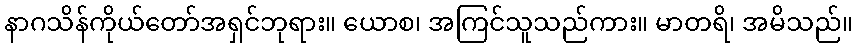
နာဂသိန်ကိုယ်တော်အရှင်ဘုရား။ ယောစ၊ အကြင်သူသည်ကား။ မာတရိ၊ အမိသည်။